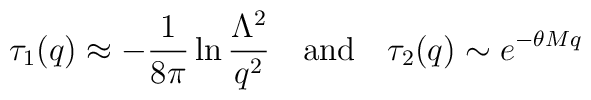
\tau_1(q)\approx - \frac{1}{8\pi}\ln\frac{\Lambda^2}{q^2} \quad {\rm and} \quad\tau_2(q)\sim e^{-\theta M q}